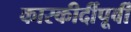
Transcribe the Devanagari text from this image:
कारकीर्दीपूर्वी